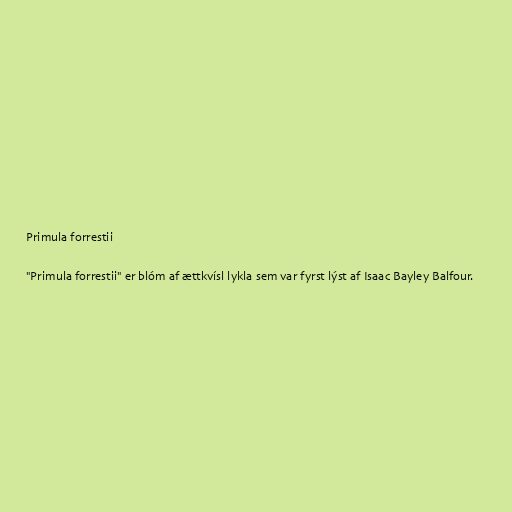
Primula forrestii

"Primula forrestii" er blóm af ættkvísl lykla sem var fyrst lýst af Isaac Bayley Balfour.